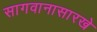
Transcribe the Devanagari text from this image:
सागवानासारखे